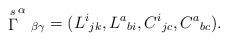
LaTeX: \begin{align*}\stackrel{s}{\Gamma }^\alpha {}_{\beta \gamma}=(L^i{}_{jk},L^a{}_{bi},C^i{}_{jc},C^a{}_{bc}).\end{align*}